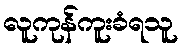
လူကုန်ကူးခံရသူ